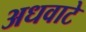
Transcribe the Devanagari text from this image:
अधवाटे